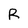
Character: R